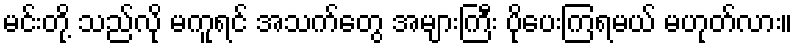
မင်းတို့ သည်လို မကူရင် အသက်တွေ အများကြီး ပိုပေးကြရမယ် မဟုတ်လား။